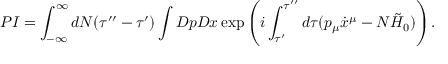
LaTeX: P I = \int _ { - \infty } ^ { \infty } d N ( \tau ^ { \prime \prime } - \tau ^ { \prime } ) \int { \cal D } p { \cal D } x \exp \left( i \int _ { \tau ^ { \prime } } ^ { \tau ^ { \prime \prime } } d \tau ( p _ { \mu } \dot { x } ^ { \mu } - N \tilde { \cal H } _ { 0 } ) \right) .